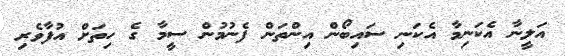
އަލީނާ އެކަނިމާ އެކަނި ސައިބޯން އިންތަން ފެނުމުން ސީމާ ގެ ހިތަށް އުފާވެރި